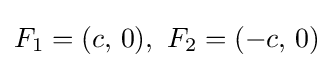
F_{1}=(c,\,0),\ F_{2}=(-c,\,0)